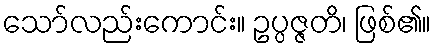
သော်လည်းကောင်း။ ဥပ္ပဇ္ဇတိ၊ ဖြစ်၏။